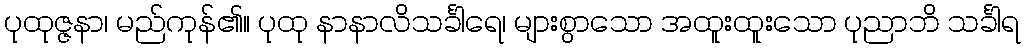
ပုထုဇ္ဇနာ၊ မည်ကုန်၏။ ပုထု နာနာလိသင်္ခါရေ၊ များစွာသော အထူးထူးသော ပုညာဘိ သင်္ခါရ